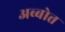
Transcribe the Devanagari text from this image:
अब्बोत्त